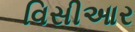
વિસીઆર